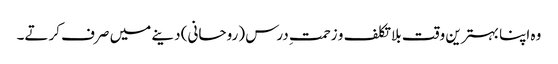
وہ اپنا بہترین وقت بلا تکلف و زحمتِ درس (روحانی) دینے میں صرف کرتے۔